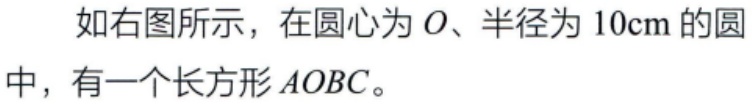
如右图所示，在圆心为\(O\)、半径为\(10\text{cm}\)的圆中，有一个长方形\(AOBC\)。